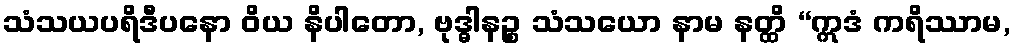
သံသယပရိဒီပနော ဝိယ နိပါတော, ဗုဒ္ဓါနဉ္စ သံသယော နာမ နတ္ထိ “ဣဒံ ကရိဿာမ,